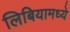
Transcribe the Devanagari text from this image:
लिबियामध्ये